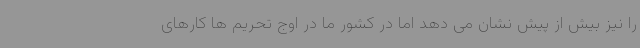
را نیز بیش از پیش نشان می دهد اما در کشور ما در اوج تحریم ها کارهای